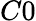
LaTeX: C0